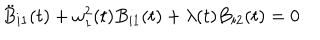
\ddot { B } _ { i 1 } ( t ) + \omega _ { 1 } ^ { 2 } ( t ) B _ { i 1 } ( t ) + \lambda ( t ) B _ { i 2 } ( t ) = 0